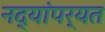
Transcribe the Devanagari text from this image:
नद्यांपर्यत